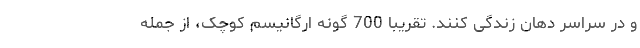
و در سراسر دهان زندگی کنند. تقریبا 700 گونه ارگانیسم کوچک، از جمله